Veterinary regulations India, 1925 -
Year: 1925
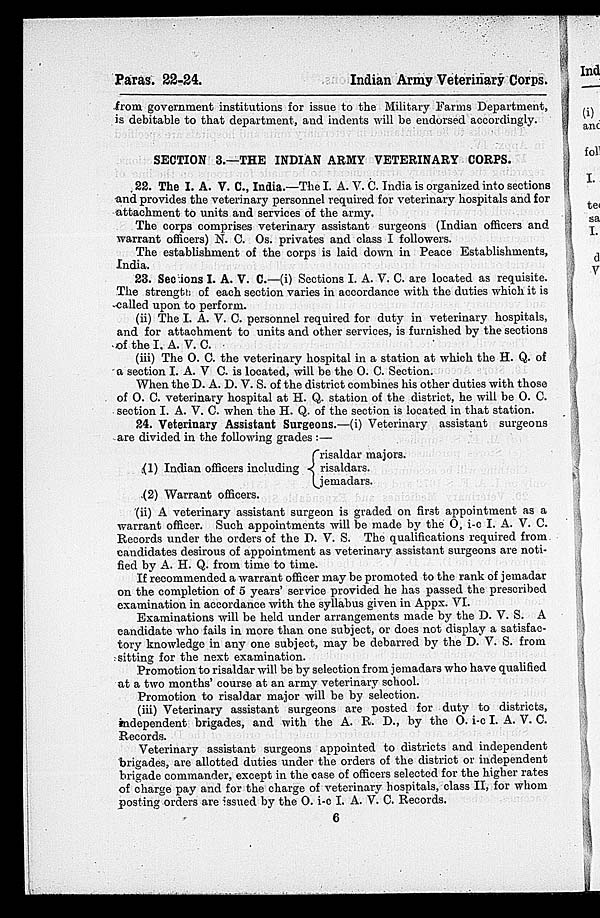
Paras. 22-24.
Indian Army Veterinary Corps.
from government institutions for issue to the Military Farms Department,
is debitable to that department, and indents will be endorsed accordingly.
SECTION 3.—THE INDIAN ARMY VETERINARY CORPS.
22. The I. A. V. C., India.—The I. A. V. C. India is organized into sections
and provides the veterinary personnel required for veterinary hospitals and for
attachment to units and services of the army.
The corps comprises veterinary assistant surgeons (Indian officers and
warrant officers) N. C. Os. privates and class I followers.
The establishment of the corps is laid down in Peace Establishments,
India.
23. Sections I. A. V. C.—(i) Sections I. A. V. C. are located as requisite.
The strength of each section varies in accordance with the duties which it is
called upon to perform.
(ii) The I. A. V. C. personnel required for duty in veterinary hospitals,
and for attachment to units and other services, is furnished by the sections
of the I, A. V. C.
(iii) The O. C. the veterinary hospital in a station at which the H. Q. of
a section I. A. V C. is located, will be the O. C. Section.
When the D. A. D. V. S. of the district combines his other duties with those
of O. C. veterinary hospital at H. Q. station of the district, he will be O. C.
section I. A. V. C. when the H. Q. of the section is located in that station.
24. Veterinary Assistant Surgeons.—(i) Veterinary assistant surgeons
are divided in the following grades :—
(1) Indian officers including
(2) Warrant officers.
risaldar majors.
{risaldars.
jemadars.
(ii) A veterinary assistant surgeon is graded on first appointment as a
warrant officer. Such appointments will be made by the O, i-c I. A. V. C.
Records under the orders of the D. V. S. The qualifications required from
candidates desirous of appointment as veterinary assistant surgeons are noti-
fied by A. H. Q. from time to time.
If recommended a warrant officer may be promoted to the rank of jemadar
on the completion of 5 years' service provided he has passed the prescribed
examination in accordance with the syllabus given in Appx. VI.
Examinations will be held under arrangements made by the D. V. S. A
candidate who fails in more than one subject, or does not display a satisfac-
tory knowledge in any one subject, may be debarred by the D. V. S. from
sitting for the next examination.
Promotion to risaldar will be by selection from jemadars who have qualified
at a two months' course at an army veterinary school.
Promotion to risaldar major will be by selection.
(iii) Veterinary assistant surgeons are posted for duty to districts,
independent brigades, and with the A. R. D., by the O. i-c I. A. V. C.
Records.
Veterinary assistant surgeons appointed to districts and independent
brigades, are allotted duties under the orders of the district or independent
brigade commander, except in the case of officers selected for the higher rates
of charge pay and for the charge of veterinary hospitals, class II, for whom
posting orders are issued by the O. i-c I. A. V. C. Records.
6